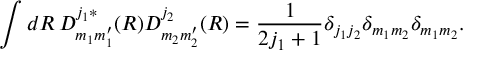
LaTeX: \int d R \, D _ { m _ { 1 } m _ { 1 } ^ { \prime } } ^ { j _ { 1 } \ast } ( R ) D _ { m _ { 2 } m _ { 2 } ^ { \prime } } ^ { j _ { 2 } } ( R ) = \frac { 1 } { 2 j _ { 1 } + 1 } \delta _ { j _ { 1 } j _ { 2 } } \delta _ { m _ { 1 } m _ { 2 } } \delta _ { m _ { 1 } m _ { 2 } } .